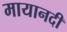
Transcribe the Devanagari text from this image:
मायानदी